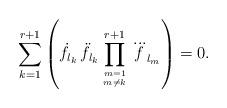
LaTeX: \begin{align*}\sum_{k=1}^{r+1}\left(\dot{f}_{l_k}\,\ddot{f} _{l_k} \prod_{m=1\atop m\ne k}^{r+1}\dddot{f}_{l_m} \right)=0.\end{align*}